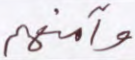
وآمنهم